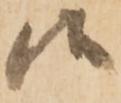
候